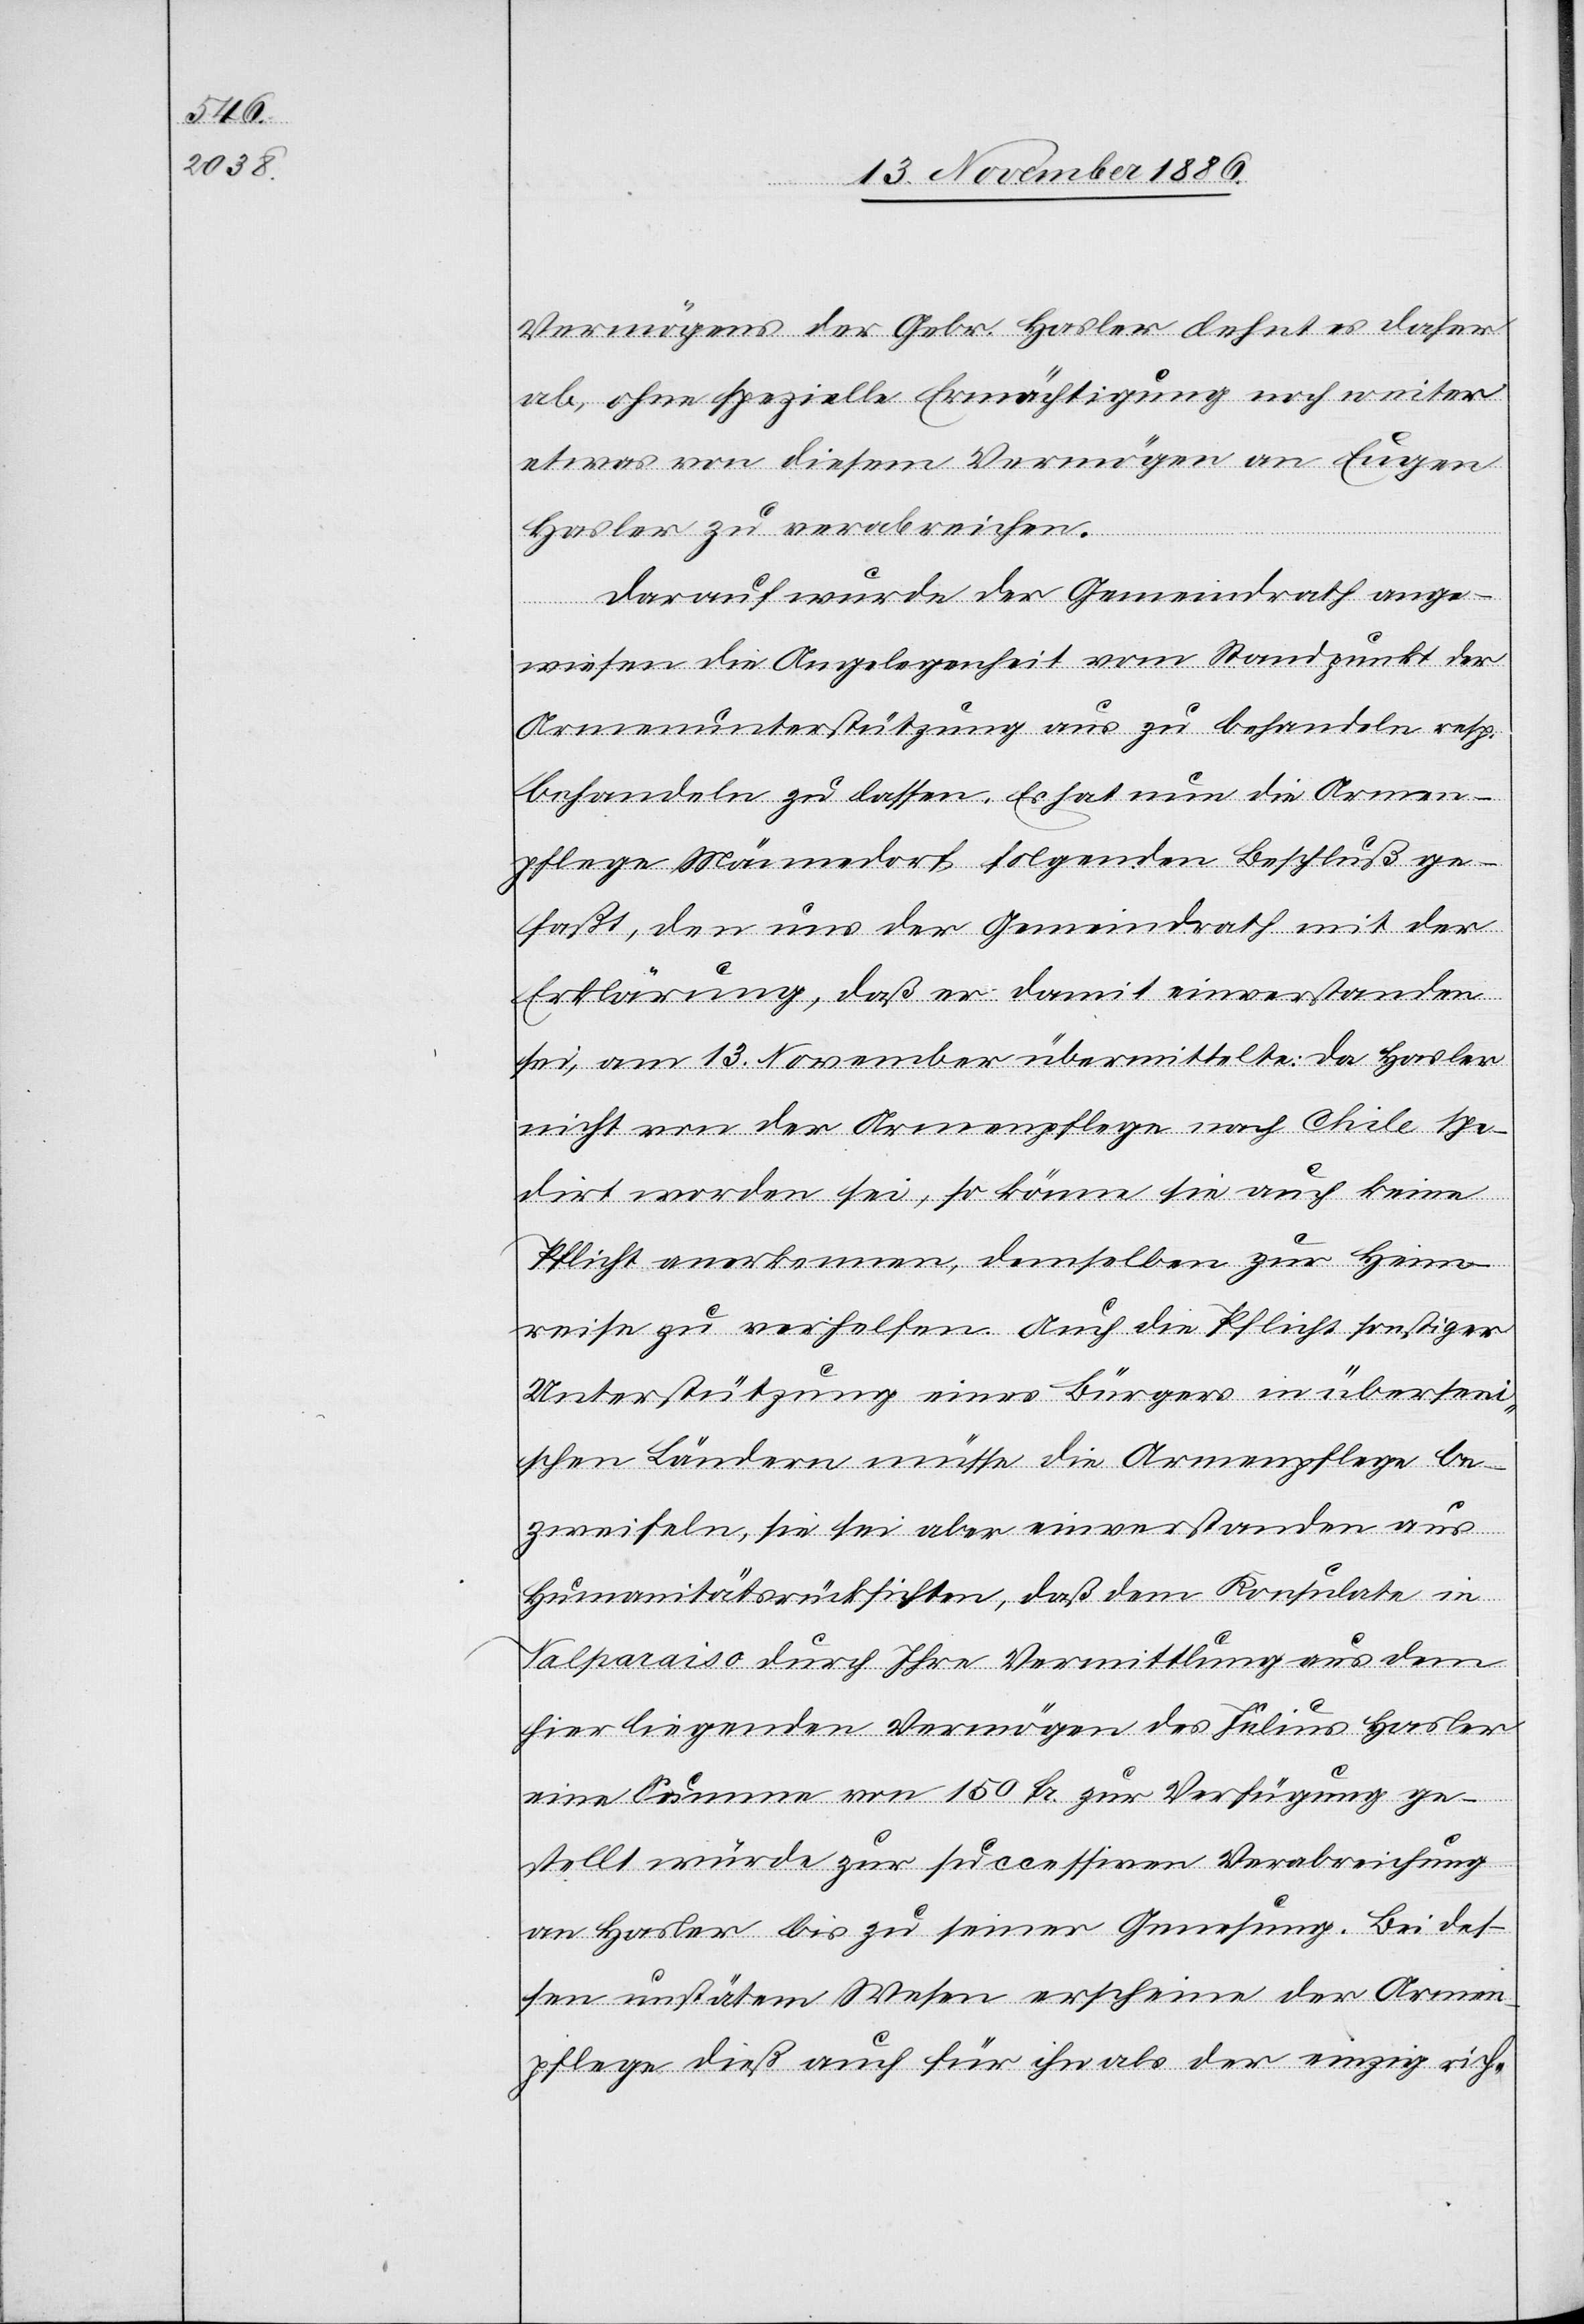
Vermögens der Gebr. Hasler lehnt es daher
ab, ohne spezielle Ermächtigung noch weiter
etwas von diesem Vermögen an Eugen
Hasler zu verabreichen.
Darauf wurde der Gemeindrath ange¬
wiesen die Angelegenheit vom Standpunkt der
Armenunterstützung aus zu behandeln resp.
behandeln zu lassen. Es hat nun die Armen¬
pflege Männedorf folgenden Beschluß ge¬
faßt, den uns der Gemeindrath mit der
Erklärung, daß er damit einverstanden
sei, am 13. November übermittelte: Da Hasler
nicht von der Armenpflege nach Chile spe¬
dirt worden sei, so könne sie auch keine
Pflicht anerkennen, demselben zur Heim¬
reise zu verhelfen. Auch die Pflicht sonstiger
Unterstützung eines Bürgers in übersee¬
ischen Ländern müsse die Armenpflege be¬
zweifeln, sie sei aber einverstanden aus
Humanitätsrücksichten, daß dem Konsulate in
Valparaiso durch Ihre Vermittlung aus dem
hier liegenden Vermögen des Julius Hasler
eine Summe von 150 Fr. zur Verfügung ge¬
stellt würde zur successiven Verabreichung
an Hasler bis zu seiner Genesung. Bei des¬
sen unstätem Wesen erscheine der Armen¬
pflege dieß auch für ihn als der einzig rich-